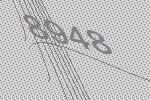
8948